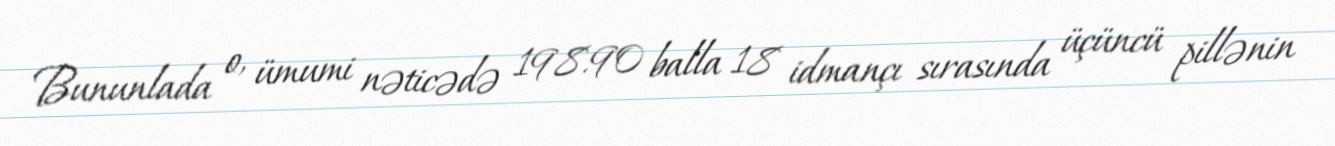
Bununlada o, ümumi nəticədə 198.90 balla 18 idmançı sırasında üçüncü pillənin